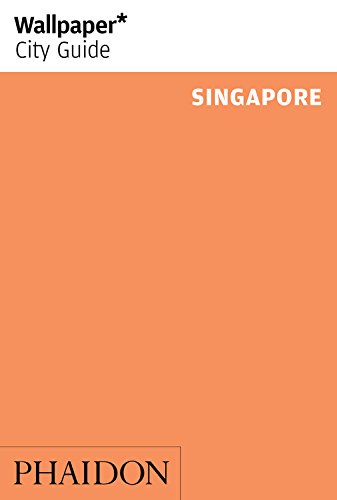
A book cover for Wallpaper* City Guide Singapore 2015; Travel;